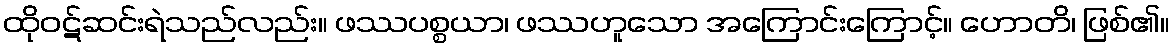
ထိုဝဋ်ဆင်းရဲသည်လည်း။ ဖဿပစ္စယာ၊ ဖဿဟူသော အကြောင်းကြောင့်။ ဟောတိ၊ ဖြစ်၏။